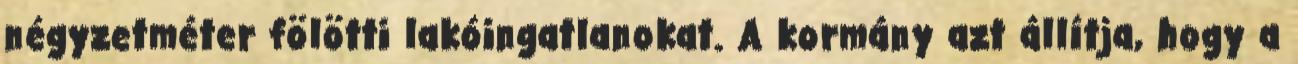
négyzetméter fölötti lakóingatlanokat. A kormány azt állítja, hogy a